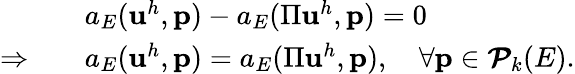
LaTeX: \begin{array}{rl}&{a_{E}(\mathbf{u}^{h},\mathbf{p})-a_{E}(\Pi\mathbf{u}^{h},\mathbf{p})=0}\\ {\Rightarrow\quad}&{a_{E}(\mathbf{u}^{h},\mathbf{p})=a_{E}(\Pi\mathbf{u}^{h},\mathbf{p}),\quad\forall\mathbf{p}\in\boldsymbol{\mathcal{P}}_{k}(E).}\end{array}